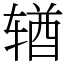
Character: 𬨎